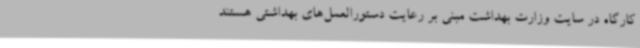
کارگاه در سایت وزارت بهداشت مبنی بر رعایت دستورالعمل‌های بهداشتی هستند